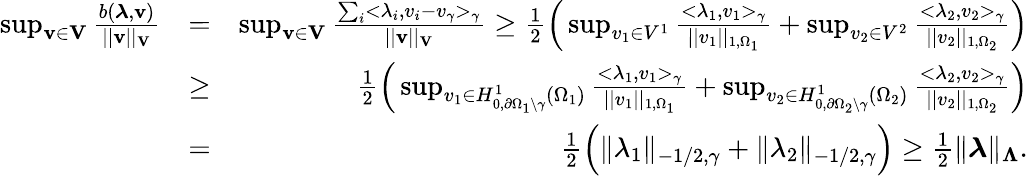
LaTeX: \begin{array}{rlr}{\operatorname*{sup}_{{\mathbf v}\in{\mathbf V}}\frac{b(\boldsymbol\lambda,{\mathbf v})}{||{\mathbf v}||_{{\mathbf V}}}}&{=}&{\operatorname*{sup}_{{\mathbf v}\in{{\mathbf V}}}\frac{\sum_{i}<\lambda_{i},v_{i}-v_{\gamma}>_{\gamma}}{||{\mathbf v}||_{{\mathbf V}}}\geq\frac{1}{2}\Big(\operatorname*{sup}_{v_{1}\in V^{1}}\frac{<\lambda_{1},v_{1}>_{\gamma}}{||v_{1}||_{1,\Omega_{1}}}+\operatorname*{sup}_{v_{2}\in V^{2}}\frac{<\lambda_{2},v_{2}>_{\gamma}}{||v_{2}||_{1,\Omega_{2}}}\Big)}\\ &{\geq}&{\frac{1}{2}\Big(\operatorname*{sup}_{v_{1}\in H_{0,\partial\Omega_{1}\backslash\gamma}^{1}(\Omega_{1})}\frac{<\lambda_{1},v_{1}>_{\gamma}}{||v_{1}||_{1,\Omega_{1}}}+\operatorname*{sup}_{v_{2}\in H_{0,\partial\Omega_{2}\backslash\gamma}^{1}(\Omega_{2})}\frac{<\lambda_{2},v_{2}>_{\gamma}}{||v_{2}||_{1,\Omega_{2}}}\Big)}\\ &{=}&{\frac{1}{2}\Big(\| \lambda_{1}\| _{-1/2,\gamma}+\| \lambda_{2}\| _{-1/2,\gamma}\Big)\geq\frac{1}{2}\| \boldsymbol\lambda\| _{\boldsymbol\Lambda}.}\end{array}